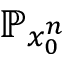
\mathbb { P } _ { x _ { 0 } ^ { n } }